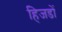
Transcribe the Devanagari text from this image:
हिजडों